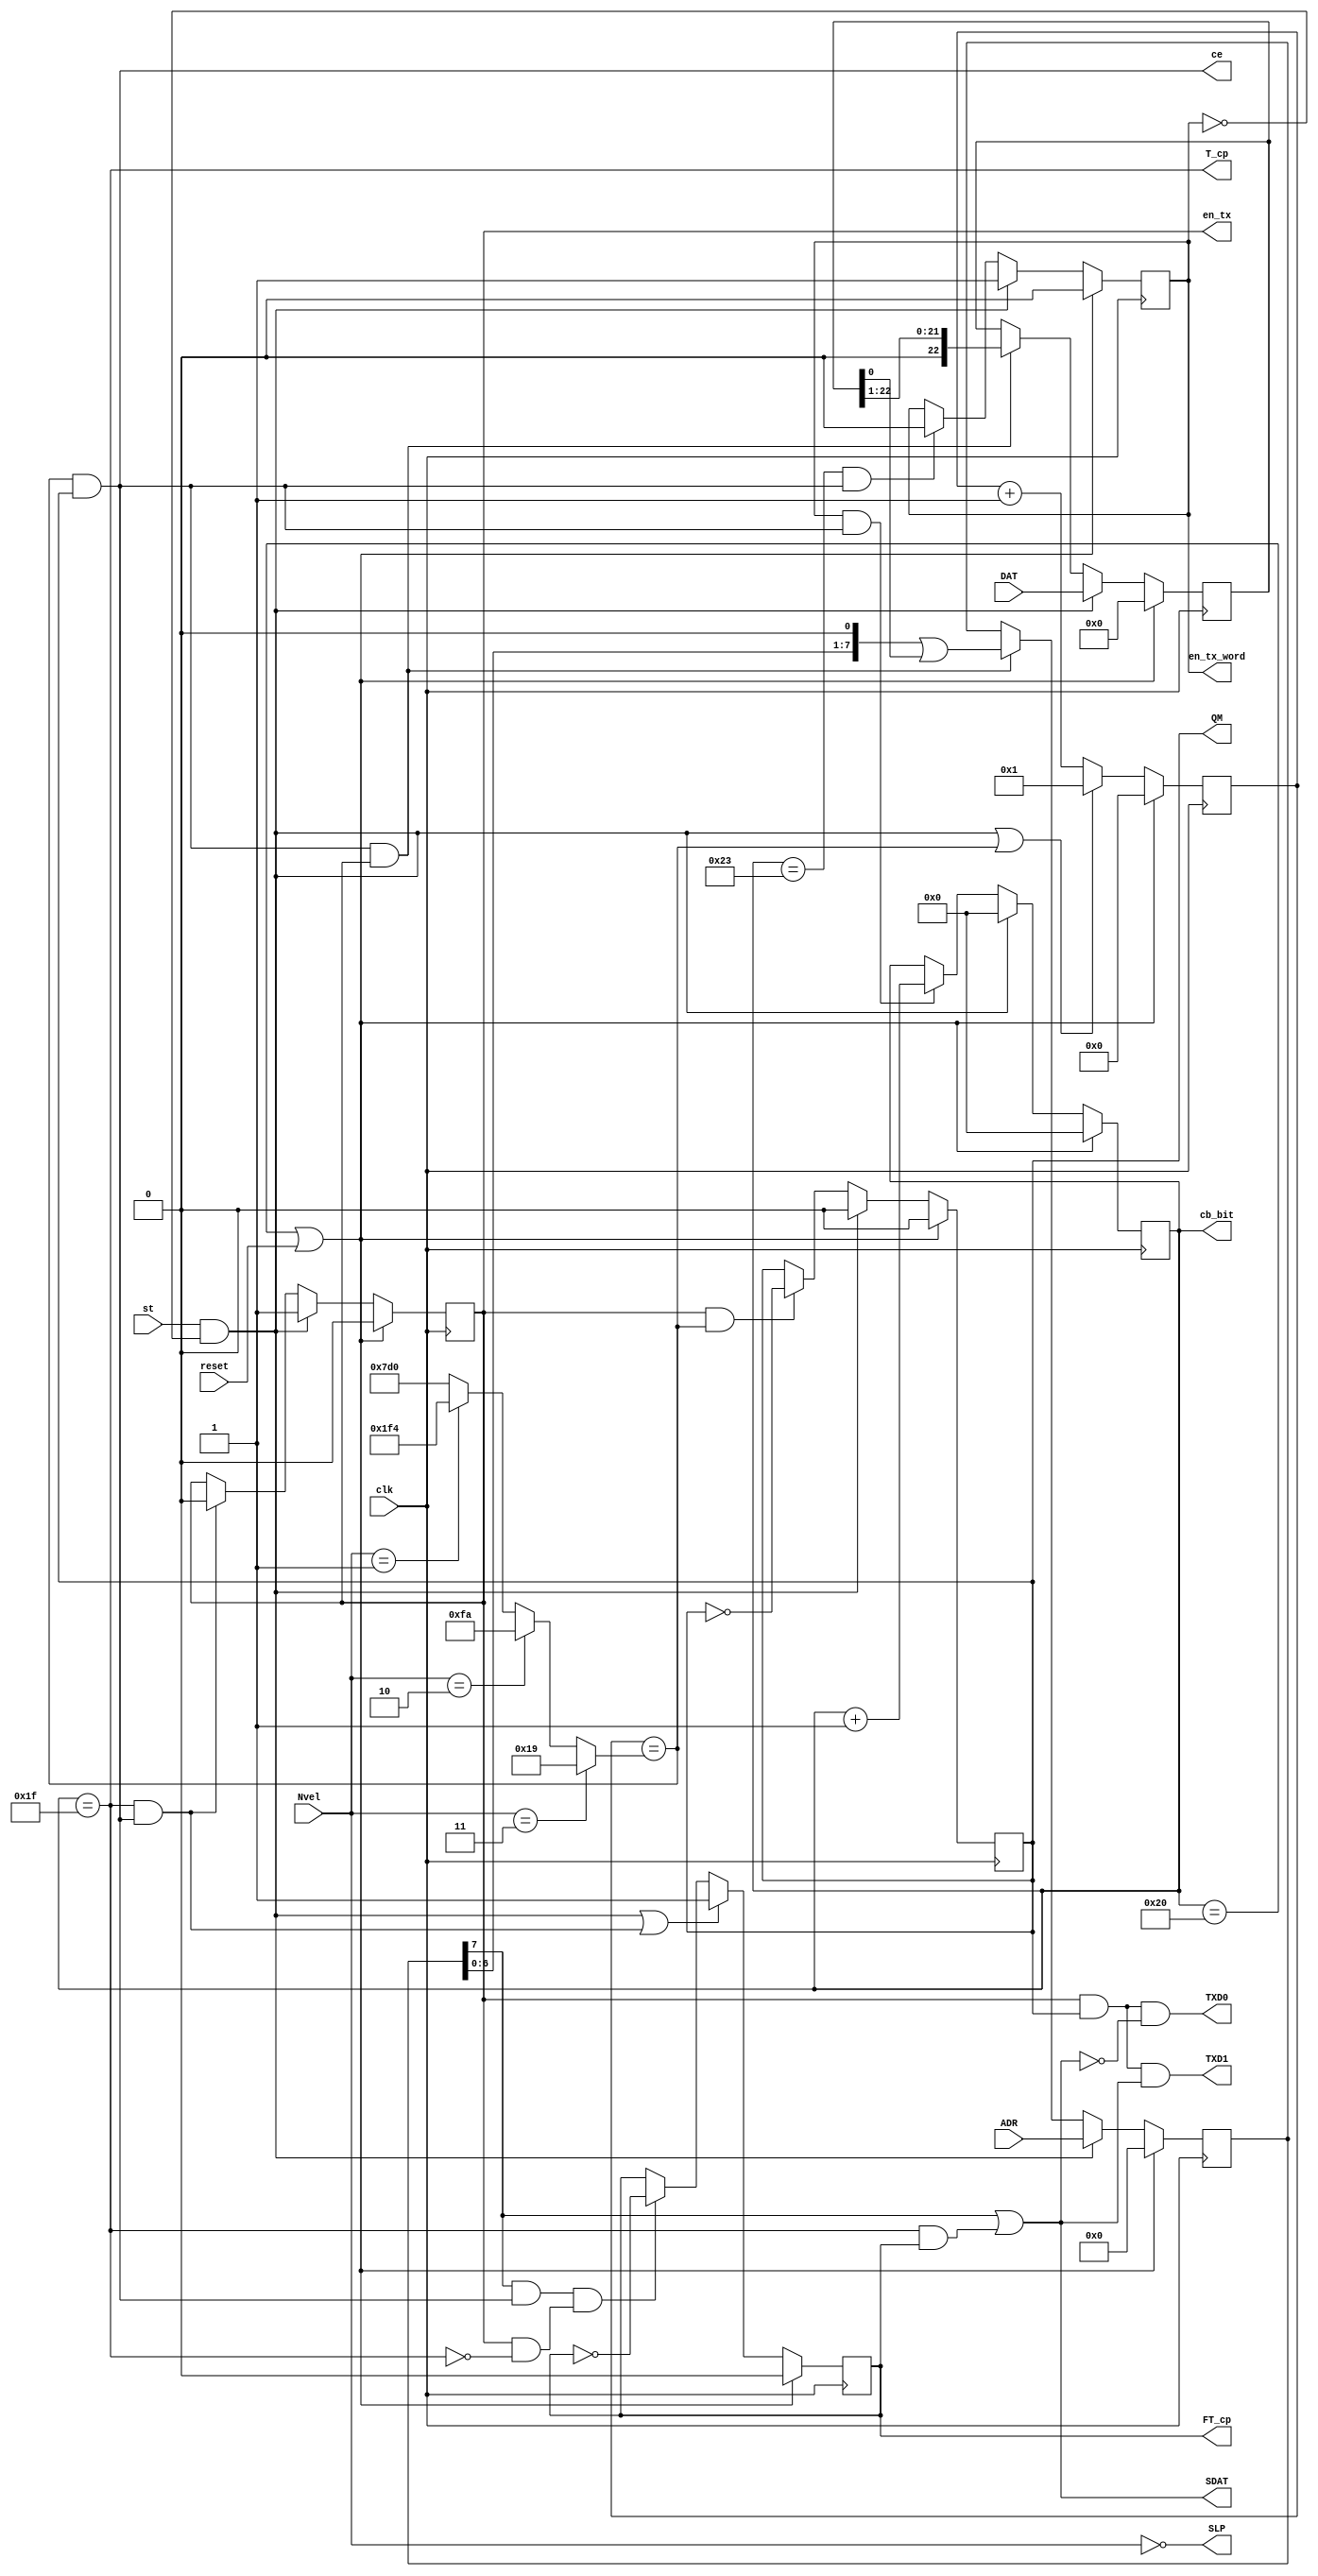
`timescale 1ns / 1ps
//////////////////////////////////////////////////////////////////////////////////
// Company: 
// Engineer: 
// 
// Design Name: 
// Module Name: transmitter
// Project Name: 
// Target Devices: 
// Tool Versions: 
// Description: 
// 
// Dependencies: 
// 
// Revision:
// Revision 0.01 - File Created
// Additional Comments:
// 
//////////////////////////////////////////////////////////////////////////////////


module AR_TXD (
	input clk, output wire ce, //  (Tce=1/Vel)
	input [1:0] Nvel, output wire TXD1, //  1
	input [7:0] ADR, output wire TXD0, //  0
	input [22:0]DAT, output wire SLP, //  
	input st, output reg en_tx = 0, //   
	output wire T_cp, //   
	output reg FT_cp = 0, //   
	output wire SDAT, //  
	output reg QM = 0, // 
	output reg[5:0]cb_bit = 0, // 
	output reg en_tx_word = 0, //  
	input wire reset); 

parameter Fclk = 50000000 ; //50 MHz
parameter V1Mb = 1000000 ; // 1000 kb/s
parameter V100kb = 100000 ; // 100 kb/s
parameter V50kb = 50000 ; // 50 kb/s
parameter V12_5kb = 12500 ; // 12.5 kb/s

wire [10:0]AR_Nt = (Nvel [1:0] == 3)? (Fclk / (2 * V1Mb)) : //1000.000 kb/s
						 (Nvel [1:0] == 2)? (Fclk / (2 * V100kb)) : // 100.000 kb/s
					    (Nvel [1:0] == 1)? (Fclk / (2 * V50kb)) : // 50.000 kb/s
						 (Fclk / (2 * V12_5kb)); // 12.500 kb/s

reg [10:0]cb_tce = 0; //  
reg [ 7:0]sr_adr = 0; //   
reg [22:0]sr_dat = 0; //   
wire ce_tact = (cb_tce == AR_Nt); // Tce_tact=1/(2*VEL)
assign ce = ce_tact & QM; // Tce=2* Tce_tact =1/VEL
assign T_cp = (cb_bit == 31); //   
wire T_adr_dat = en_tx & !T_cp; //    
wire ce_end_word = (cb_bit == 35) & ce; //  
assign SDAT = sr_adr[7] | (T_cp & FT_cp); // 
assign TXD1 = en_tx & QM & SDAT; //  1
assign TXD0 = en_tx & QM & !SDAT; //  0
assign SLP = (Nvel ==0); //  
wire start = st & !en_tx_word; //      

always @ (posedge clk) begin
	if (cb_bit == 32 || reset) 
	begin
		en_tx <= 0;
		FT_cp <= 0;
		QM <= 0;
		cb_bit <= 0;
		en_tx_word <= 0;
		cb_tce <= 0;
		sr_adr <= 0;
		sr_dat <= 0;
	end
	else
	begin
		cb_tce <= (start | ce_tact) ? 1 : cb_tce + 1;
		QM <= start ? 0 : (en_tx & ce_tact) ? !QM : QM; //  
		cb_bit <= start ? 0 : (en_tx_word & ce) ? cb_bit+1 : cb_bit; // 
		en_tx_word <= start ? 1 : ce_end_word ? 0 : en_tx_word; /*    */
		en_tx <= start ? 1 : (T_cp & ce) ? 0 : en_tx; //   
		FT_cp <= (start | (T_cp & ce)) ? 1 : (sr_adr[7] & ce & T_adr_dat) ? !FT_cp : FT_cp; /* */
		sr_adr <= start ? ADR : (ce & en_tx) ? sr_adr << 1 | sr_dat[0] : sr_adr; /*    */
		sr_dat <= start ? DAT : (ce & en_tx) ? sr_dat >> 1 : sr_dat; /*     */
	end
end

endmodule